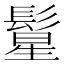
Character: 𱆂